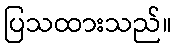
ပြသထားသည်။